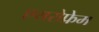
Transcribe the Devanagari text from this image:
एयरोफ्रेम